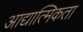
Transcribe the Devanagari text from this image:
आद्यात्मिकता